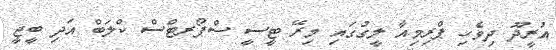
އުރީދޫ ދިވެހި ޕްރިމިއާ ލީގުގައި މިރޭ ޓީސީ ސްޕޯރޓްސް ކްލަބް އަދި ބީޖީ